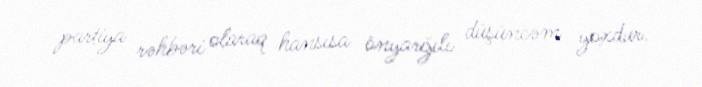
partiya rəhbəri olaraq hansısa önyarğılı düşüncəm yoxdur.